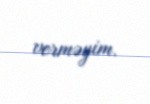
verməyim.